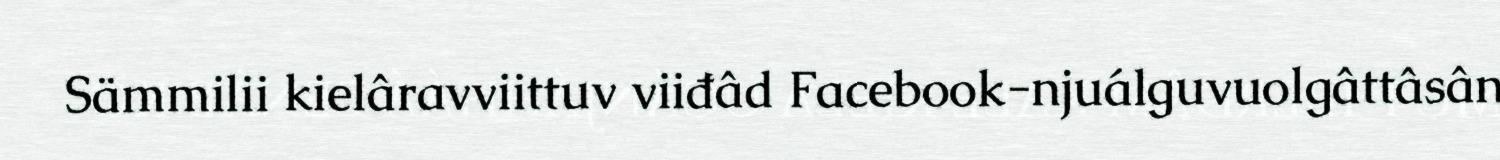
Sämmilii kielâravviittuv viiđâd Facebook-njuálguvuolgâttâsân